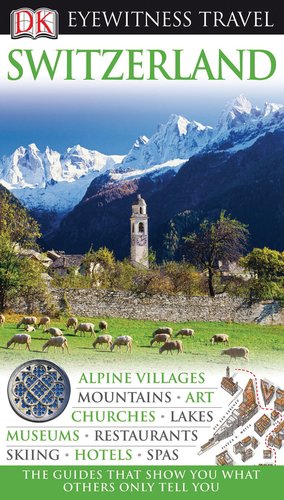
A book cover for Switzerland (Eyewitness Travel Guides); Travel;